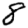
Digit: 8